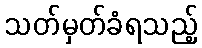
သတ်မှတ်ခံရသည့်